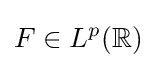
F\in L^{p}(\mathbb {R} )